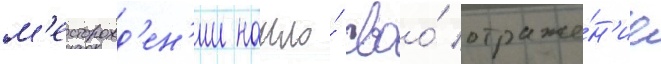
м'есторожд'ен'ии нашло́ своо́ отраже́н'ие